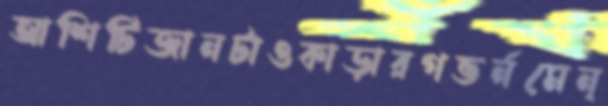
আশিটিজানটাওকাড়ারগভর্নমেন্